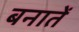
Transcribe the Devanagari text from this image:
बनातें